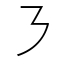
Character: ㇋